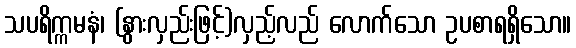
သပရိက္ကမနံ၊ (နွားလှည်းဖြင့်)လှည့်လည် လောက်သော ဥပစာရရှိသော။